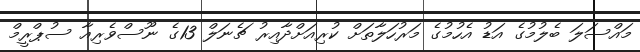
މައްސަލަ ބެލުމުގެ އަޑު އެހުމުގެ މަރުހަލާތަށް ކުރިއަށްދާއިރު ޗެނަލް 13ގެ ނޫސްވެރިއާ ސުޕްރީމް